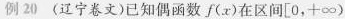
例20 (辽宁卷文)已知偶函数f(x)在区间[0,+\infty )